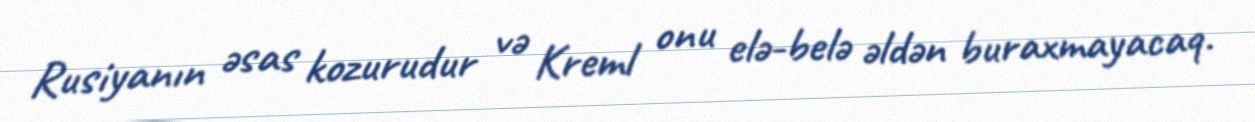
Rusiyanın əsas kozurudur və Kreml onu elə-belə əldən buraxmayacaq.